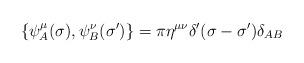
LaTeX: \begin{align*}\{ \psi_A^{\mu}(\sigma) , \psi_B^{\nu}(\sigma')\} =\pi \eta^{\mu\nu}\delta'(\sigma-\sigma')\delta_{AB}\end{align*}